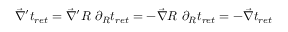
\vec { \nabla } ^ { \prime } t _ { r e t } = \vec { \nabla } ^ { \prime } R ~ \partial _ { R } t _ { r e t } = - \vec { \nabla } R ~ \partial _ { R } t _ { r e t } = - \vec { \nabla } t _ { r e t }